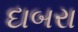
દાબરા